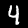
Label: 4